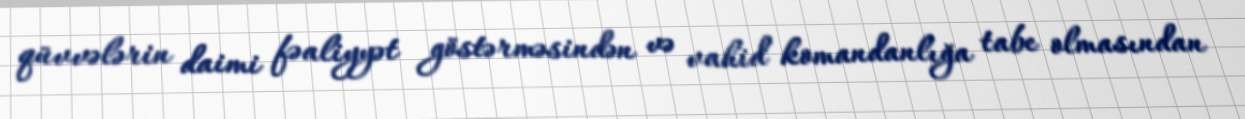
qüvvələrin daimi fəaliyyət göstərməsindən və vahid komandanlığa tabe olmasından